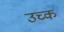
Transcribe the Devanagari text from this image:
उच्क